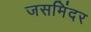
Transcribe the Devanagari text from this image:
जसमिंदर